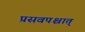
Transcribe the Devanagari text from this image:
प्रसवपश्चात्